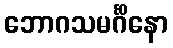
ဘောဂသမင်္ဂိနော